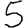
Digit: 5